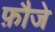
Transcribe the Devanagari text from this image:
फ़ौजे